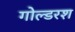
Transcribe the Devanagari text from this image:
गोल्डरश